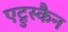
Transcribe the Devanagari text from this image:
एट्रुस्कैन